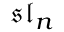
{ \mathfrak { s l } } _ { n }